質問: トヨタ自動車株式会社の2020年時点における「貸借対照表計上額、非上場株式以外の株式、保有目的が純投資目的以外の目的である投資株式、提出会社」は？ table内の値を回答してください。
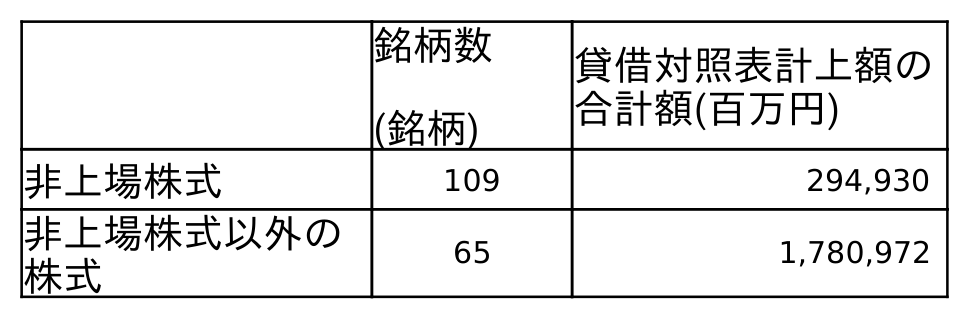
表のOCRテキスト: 銘柄数 (銘柄) 貸借対照表計上額の 合計額(百万円) 非上場株式 109 294,930 非上場株式以外の 株式 65 1,780,972
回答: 1,780,972